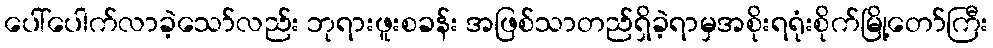
ပေါ်ပေါက်လာခဲ့သော်လည်း ဘုရားဖူးစခန်း အဖြစ်သာတည်ရှိခဲ့ရာမှအစိုးရရုံးစိုက်မြို့တော်ကြီး